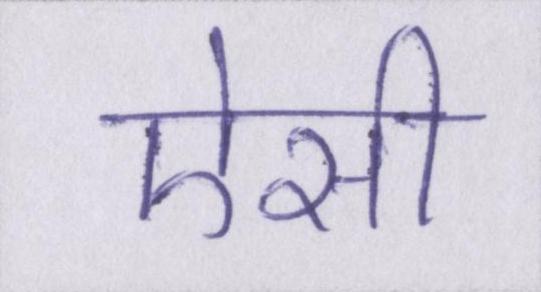
ऐसी